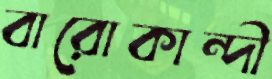
বারোকান্দী